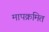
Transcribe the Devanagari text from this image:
मापक्रमित